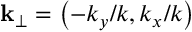
\mathbf { k } _ { \perp } = \left( - k _ { y } / k , k _ { x } / k \right)